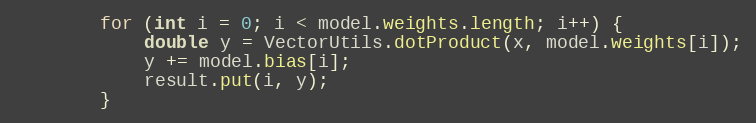
Language: Java
        for (int i = 0; i < model.weights.length; i++) {
            double y = VectorUtils.dotProduct(x, model.weights[i]);
            y += model.bias[i];
            result.put(i, y);
        }